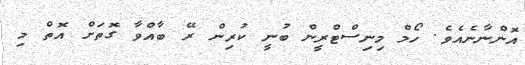
އޮންނާނެއެވެ. ހޯމް މިނިސްޓްރީން ބުނީ ކުރިން ރޭ ބާއްވާ ގޮތަށް އޮތް މި